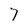
Character: 7